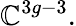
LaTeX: \mathbb{C}^{3g-3}.